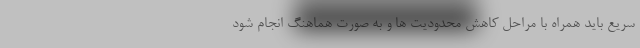
سریع باید همراه با مراحل کاهش محدودیت ها و به صورت هماهنگ انجام شود